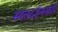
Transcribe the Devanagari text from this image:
स्थलदर्शनासाठी